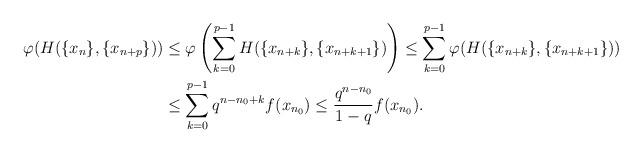
LaTeX: \begin{align*}\varphi(H(\{x_{n}\},\{x_{n+p}\})) & \leq \varphi \left( \sum_{k=0}^{p-1} H(\{x_{n+k}\},\{x_{n+k+1}\}) \right) \leq \sum_{k=0}^{p-1} \varphi(H(\{x_{n+k}\},\{x_{n+k+1}\}) ) \\ & \leq \sum_{k=0}^{p-1} q^{n-n_0+k}f(x_{n_0}) \leq \frac{q^{n-n_0}}{1-q}f(x_{n_0}).\end{align*}